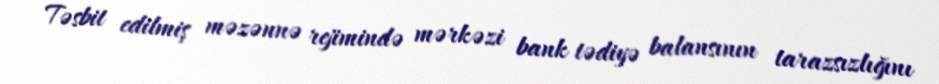
Təsbit edilmiş məzənnə rejimində mərkəzi bank tədiyə balansının tarazsızlığını